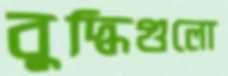
বুদ্ধিগুলো